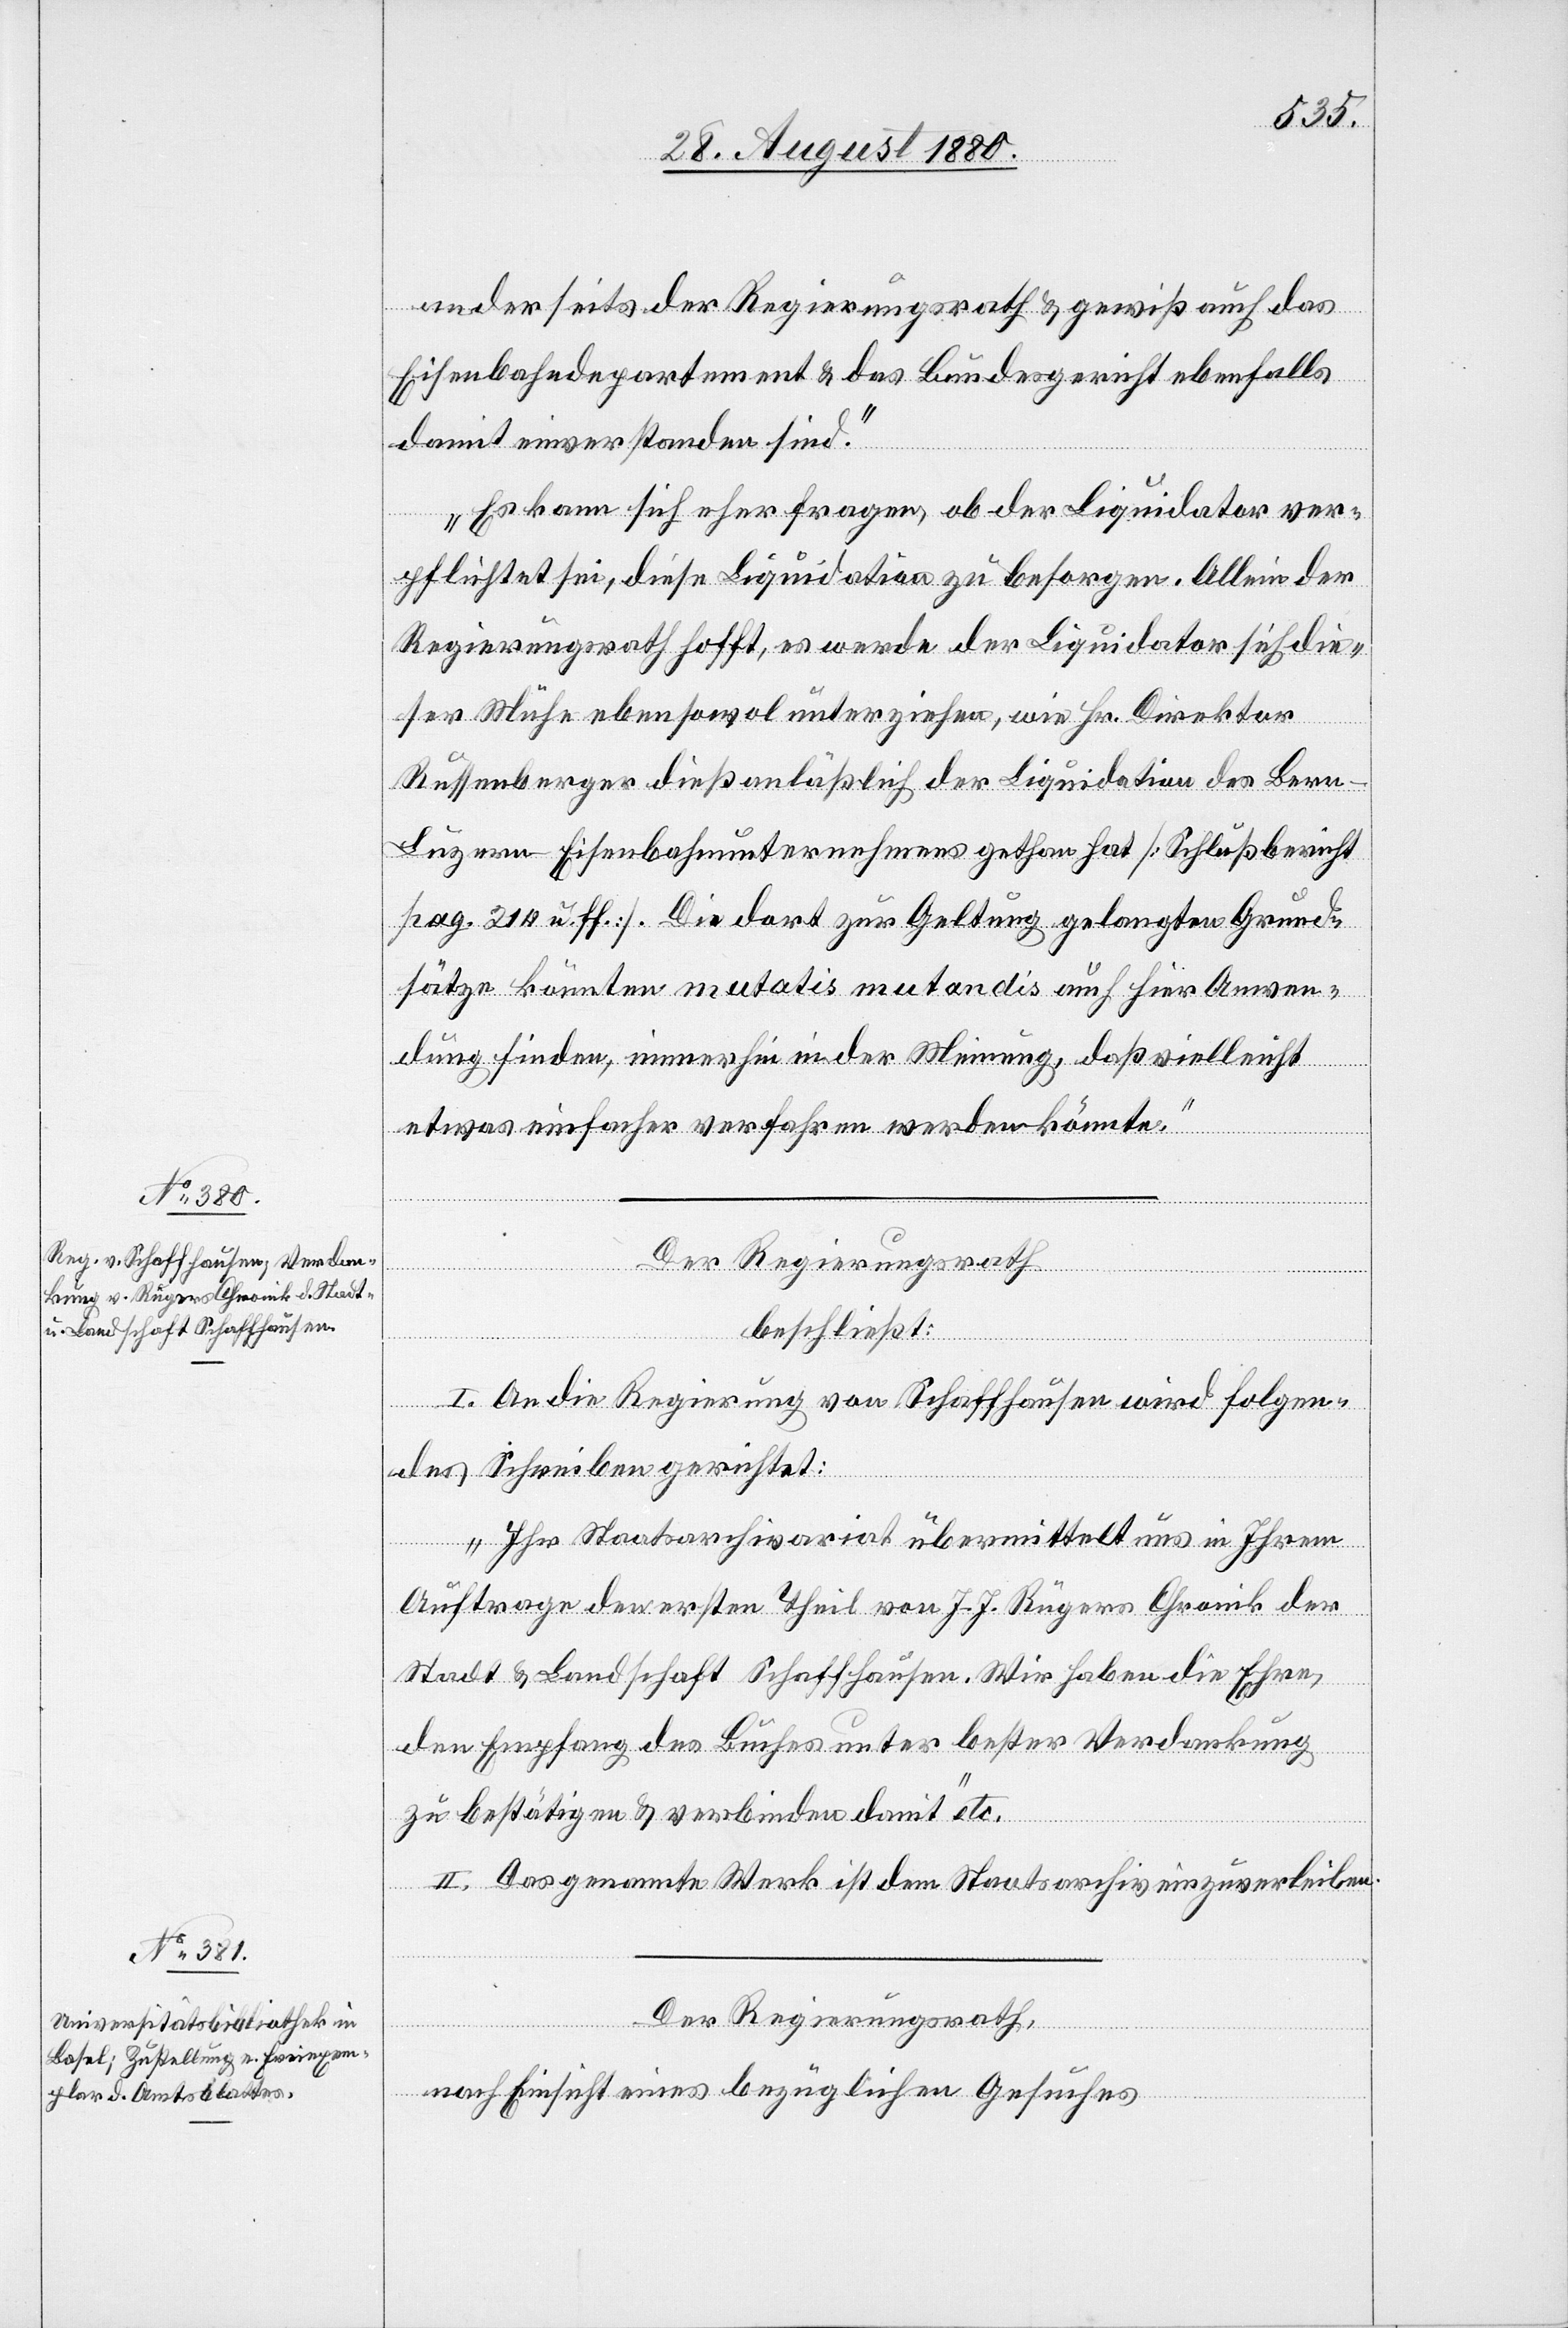
anderseits der Regierungsrath & gewiß auch das
Eisenbahndepartement & das Bundesgericht ebenfalls
damit einverstanden sind.
Es kann sich eher fragen, ob der Liquidator ver¬
pflichtet sei, diese Liquidation zu besorgen. Allein der
Regierungsrath hofft, es werde der Liquidator sich die¬
ser Mühe eben sowol unterziehen, wie Hr. Direktor
Russenberger dieß anläßlich der Liquidation des Ber¬
n-Luzern-Eisenbahnunternehmens gethan hat. [Schlußbericht
pag. 214 u. ff.] Die dort zur Geltung gelangten Grund¬
sätze könnten mutatis mutandis auch hier Anwen¬
dung finden, immerhin in der Meinung, daß vielleicht
etwas einfacher verfahren werden könnte.“
Der Regierungsrath
beschließt:
I. An die Regierung von Schaffhausen wird folgen¬
des Schreiben gerichtet:
„Ihr Staatsarchivariat übermittelt uns in ihrem
Auftrage den ersten Theil von J. J. Rügers Chronik der
Stadt & Landschaft Schaffhausen. Wir haben die Ehre,
den Empfang des Buches unter bester Verdankung
zu bestätigen & verbinden damit“ etc.
II. Das genannte Werk ist dem Staatarchiv einzuverleiben.
Der Regierungsrath,
nach Einsicht eines bezüglichen Gesuches